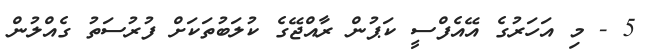
5 - މި އަހަރުގެ އޭއެފްސީ ކަޕުން ރާއްޖޭގެ ކުލަބުތަކަށް ފުރުސަތު ގެއްލުން